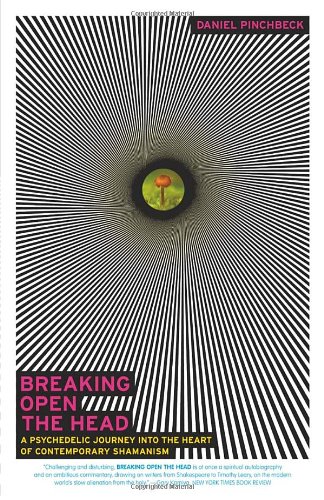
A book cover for Breaking Open the Head: A Psychedelic Journey into the Heart of Contemporary Shamanism; Daniel Pinchbeck; Religion & Spirituality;